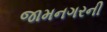
જામનગરની